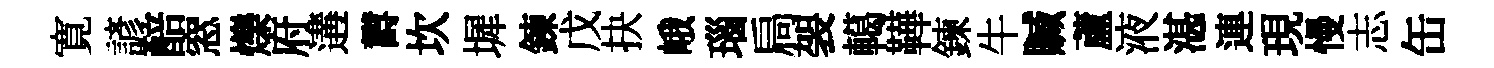
寛諺醅窓爍府遘欝坎墀鍊戊抉峨瑙扃袈轕鞾鍊牛贓蘆液湛連現慢志缶